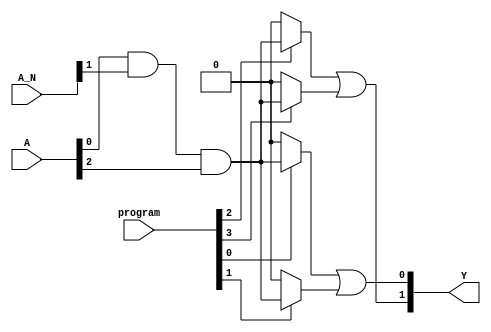
module GPAL #(
    parameter NUM_INPUTS = 4,    // Number of input signals (A, B, C, D)
    parameter NUM_AND_GATES = 4,  // Number of AND gates
    parameter NUM_OR_GATES = 2     // Number of OR gates
)(
    input  wire [NUM_INPUTS-1:0] A,        // Inputs
    input  wire [NUM_INPUTS-1:0] A_N,      // Complemented inputs
    input  wire [NUM_AND_GATES-1:0] program, // Programming bits for AND gates
    output wire [NUM_OR_GATES-1:0] Y        // Outputs
);

// Internal signals for AND gate outputs
wire [NUM_AND_GATES-1:0] P; // Outputs from AND gates

// Generate programmable AND gates
genvar i;
generate
    for (i = 0; i < NUM_AND_GATES; i = i + 1) begin : and_gates
        assign P[i] = program[i] ? (A[0] & A_N[1] & A[2]) : 0; // Example logic, customize accordingly
        // Here, the logic can be fully programmed based on application specifics.
        // Replace the above line with a complete multi-input AND for your specific connections.
    end
endgenerate

// Fixed OR gates combining the outputs of the AND gates
assign Y[0] = P[0] | P[1]; // Example connection for OR gate 1
assign Y[1] = P[2] | P[3]; // Example connection for OR gate 2

endmodule